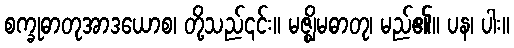
စက္ခုဓာတုအာဒယောစ၊ တို့သည်၎င်း။ မဇ္ဈိမဓာတု၊ မည်၏။ ပန၊ ပါး။